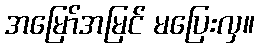
အမြော်အမြင် မပြေးလှ။